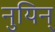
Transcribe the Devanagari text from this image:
नुयिन्